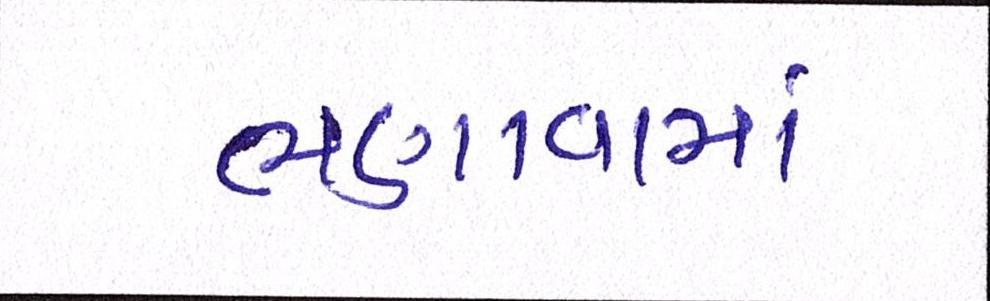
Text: ભણાવામાં